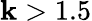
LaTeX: \mathbf{k}>1.5